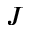
J